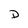
Character: D